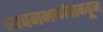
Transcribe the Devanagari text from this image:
च्यवनभार्गवाकडून